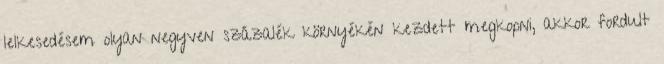
lelkesedésem olyan negyven százalék környékén kezdett megkopni, akkor fordult